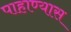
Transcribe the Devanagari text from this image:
पाहाण्यास